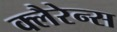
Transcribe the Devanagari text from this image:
क्लैरेन्स